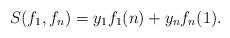
LaTeX: \begin{align*}S(f_1, f_n) = y_1 f_1(n) + y_n f_n(1).\end{align*}